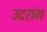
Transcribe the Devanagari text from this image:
उदरांग